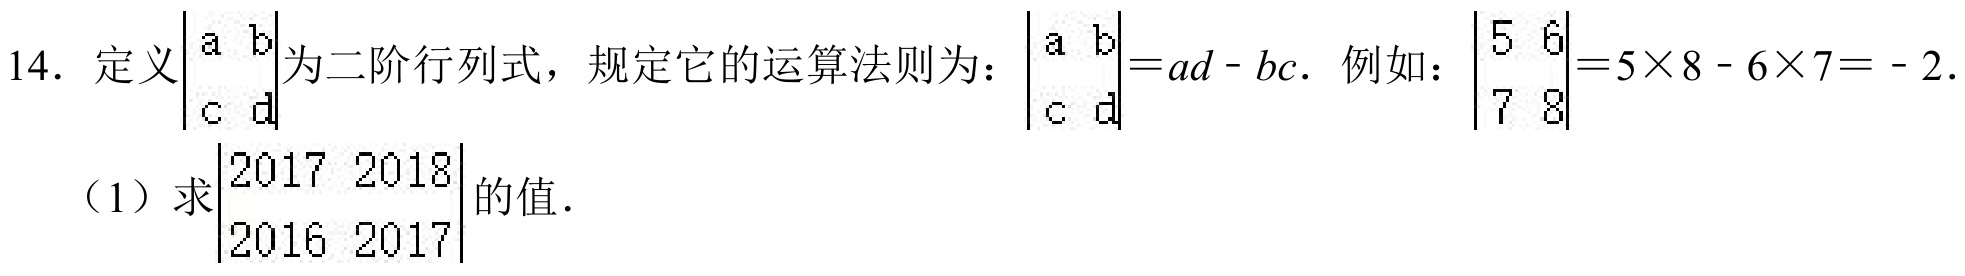
14. 定义$\begin{vmatrix}a&b\\c&d\end{vmatrix}$为二阶行列式，规定它的运算法则为：$\begin{vmatrix}a&b\\c&d\end{vmatrix}=ad - bc$. 例如：$\begin{vmatrix}5&6\\7&8\end{vmatrix}=5\times8 - 6\times7= - 2$.
（1）求$\begin{vmatrix}2017&2018\\2016&2017\end{vmatrix}$的值.